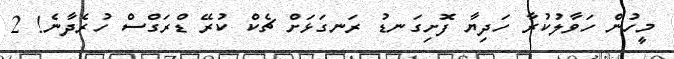
މީހުން ހަވާލުކުރާ ހަދިޔާ ފޮށިގަނޑު ރަނގަޅަށް ޗެކް ކުރޭ ޑްރަގްސް ހުރެދާނެ! 2